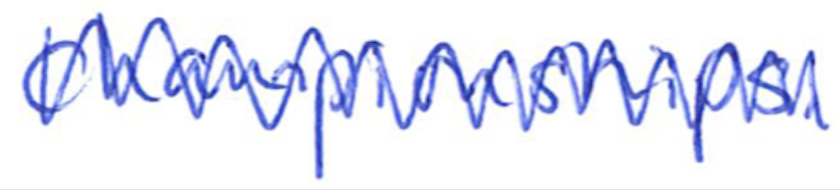
Text: Championships.
Cross-out: zig-zag
Writing tool: ballpoint